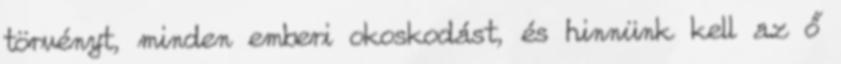
törvényt, minden emberi okoskodást, és hinnünk kell az ő